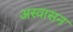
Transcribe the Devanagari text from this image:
अस्वासन